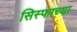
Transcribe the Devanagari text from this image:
सिस्फाच्या